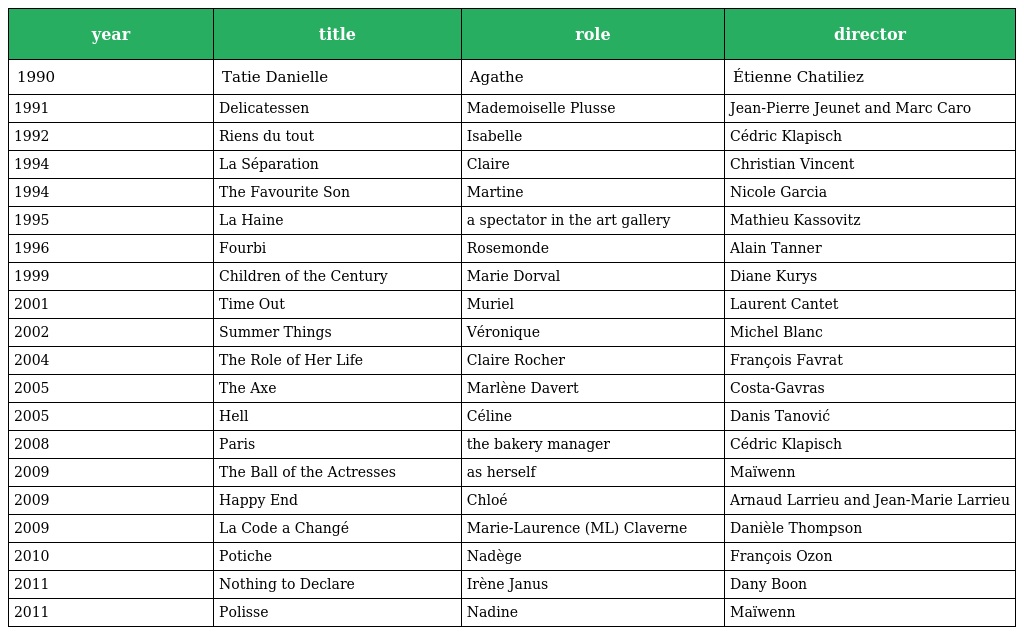
| year | title | role | director |
 | --- | --- | --- | --- |
 | 1990 | Tatie Danielle | Agathe | Étienne Chatiliez |
 | 1991 | Delicatessen | Mademoiselle Plusse | Jean-Pierre Jeunet and Marc Caro |
 | 1992 | Riens du tout | Isabelle | Cédric Klapisch |
 | 1994 | La Séparation | Claire | Christian Vincent |
 | 1994 | The Favourite Son | Martine | Nicole Garcia |
 | 1995 | La Haine | a spectator in the art gallery | Mathieu Kassovitz |
 | 1996 | Fourbi | Rosemonde | Alain Tanner |
 | 1999 | Children of the Century | Marie Dorval | Diane Kurys |
 | 2001 | Time Out | Muriel | Laurent Cantet |
 | 2002 | Summer Things | Véronique | Michel Blanc |
 | 2004 | The Role of Her Life | Claire Rocher | François Favrat |
 | 2005 | The Axe | Marlène Davert | Costa-Gavras |
 | 2005 | Hell | Céline | Danis Tanović |
 | 2008 | Paris | the bakery manager | Cédric Klapisch |
 | 2009 | The Ball of the Actresses | as herself | Maïwenn |
 | 2009 | Happy End | Chloé | Arnaud Larrieu and Jean-Marie Larrieu |
 | 2009 | La Code a Changé | Marie-Laurence (ML) Claverne | Danièle Thompson |
 | 2010 | Potiche | Nadège | François Ozon |
 | 2011 | Nothing to Declare | Irène Janus | Dany Boon |
 | 2011 | Polisse | Nadine | Maïwenn |